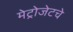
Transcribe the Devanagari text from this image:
मेट्रोजेटचे